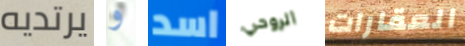
يرتديه و اسد الروحي العقارات